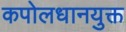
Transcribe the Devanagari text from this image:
कपोलधानयुक्त